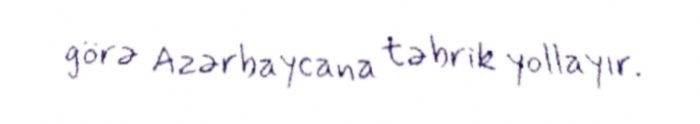
görə Azərbaycana təbrik yollayır.